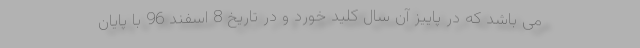
می باشد که در پاییز آن سال کلید خورد و در تاریخ 8 اسفند 96 با پایان